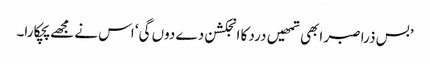
’بس ذرا صبر ابھی تمھیں درد کا انجکشن دے دوں گی‘ اس نے مجھے پچکارا۔